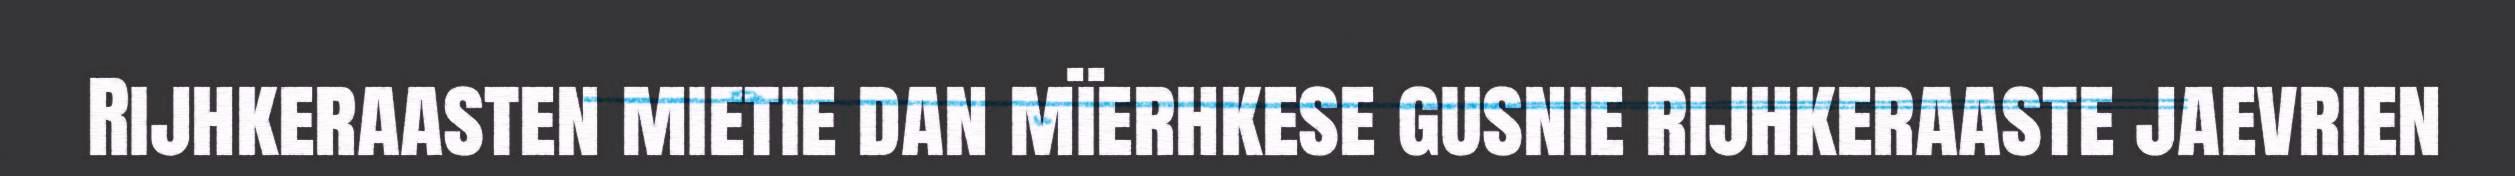
Rijhkeraasten mietie dan mïerhkese gusnie rijhkeraaste jaevrien